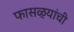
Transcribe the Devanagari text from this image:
फासळ्यांची